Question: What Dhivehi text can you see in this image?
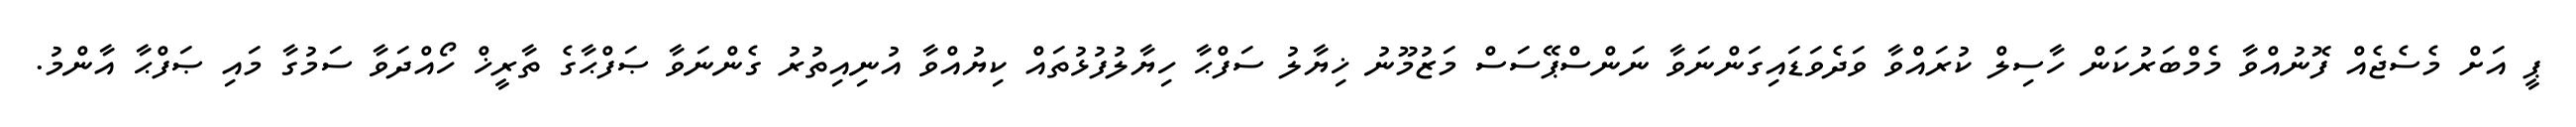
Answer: ޕީ އަށް މެސެޖެއް ފޮނުއްވާ މެމްބަރުކަން ހާސިލް ކުރައްވާ ވަދެވަޑައިގަންނަވާ ނަންސްޕޭސަސް މަޒުމޫނު ޚިޔާލު ސަފްޙާ ހިޔާލުފުޅުތައް ކިޔުއްވާ އުނިއިތުރު ގެންނަވާ ޞަފްޙާގެ ތާރީޚް ހޯއްދަވާ ސަމުގާ މައި ޞަފްޙާ އާންމު.